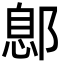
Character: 鄎